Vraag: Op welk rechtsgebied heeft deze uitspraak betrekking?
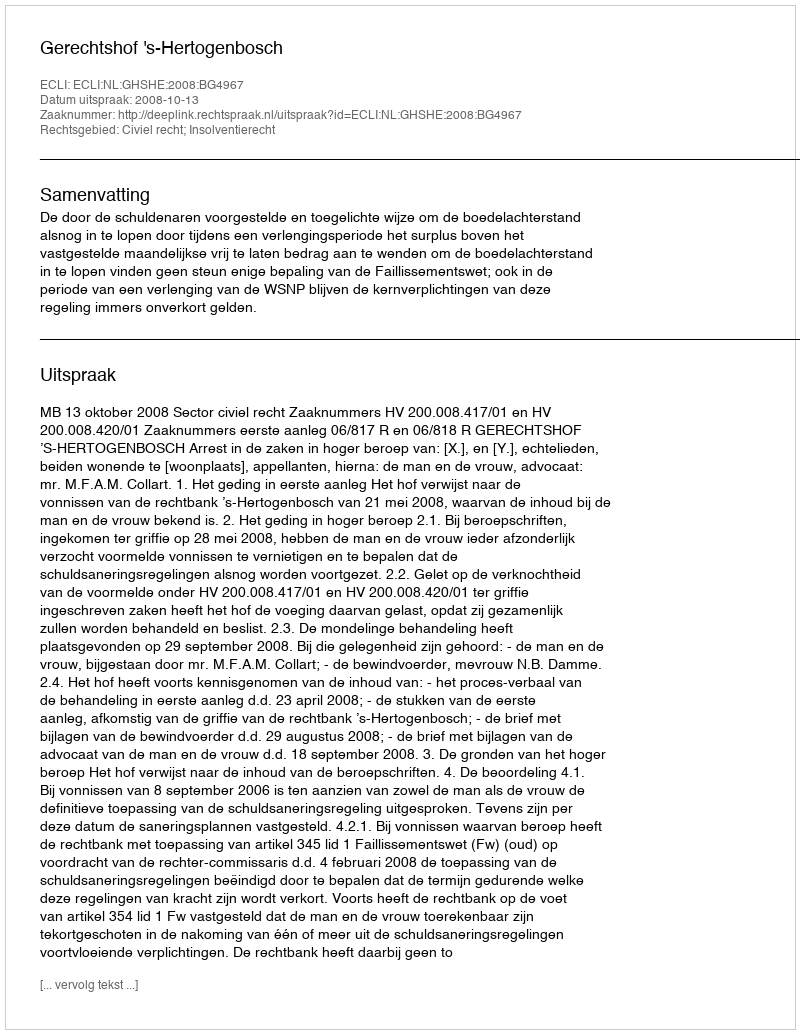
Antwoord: Civiel recht; Insolventierecht